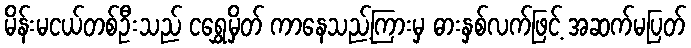
မိန်းမငယ်တစ်ဦးသည် ငရွှေမှိတ် ကာနေသည့်ကြားမှ ဓားနှစ်လက်ဖြင့် အဆက်မပြတ်